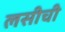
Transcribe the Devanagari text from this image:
लसीची